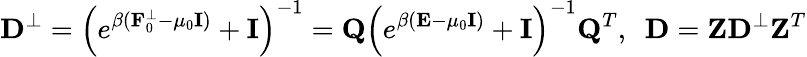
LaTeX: {\mathbf D}^{\perp}=\left(e^{\beta({\mathbf F}_{0}^{\perp}-\mu_{0}{\mathbf I})}+{\mathbf I}\right)^{-1}={\mathbf Q}\left(e^{\beta({\mathbf E}-\mu_{0}{\mathbf I})}+{\mathbf I}\right)^{-1}{\mathbf Q}^{T},~~{\mathbf D}={\mathbf Z}{\mathbf D}^{\perp}{\mathbf Z}^{T}